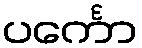
ပင်္ကော